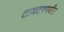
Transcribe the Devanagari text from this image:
टायटनपर्यंत